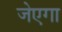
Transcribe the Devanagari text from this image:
जेएगा